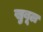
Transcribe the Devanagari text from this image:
खुबूल